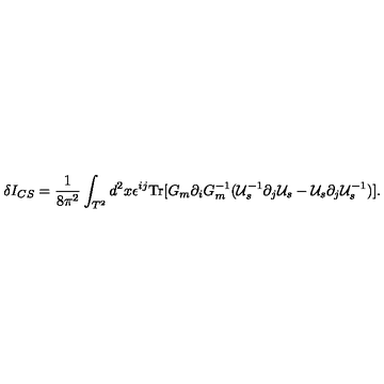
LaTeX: \delta I _ { C S } = \frac { 1 } { 8 \pi ^ { 2 } } \int _ { T ^ { 2 } } d ^ { 2 } x \epsilon ^ { i j } \mathrm { T r } [ G _ { m } \partial _ { i } G _ { m } ^ { - 1 } ( { \cal U } _ { s } ^ { - 1 } \partial _ { j } { \cal U } _ { s } - { \cal U } _ { s } \partial _ { j } { \cal U } _ { s } ^ { - 1 } ) ] .